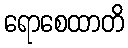
ရောစေထာတိ